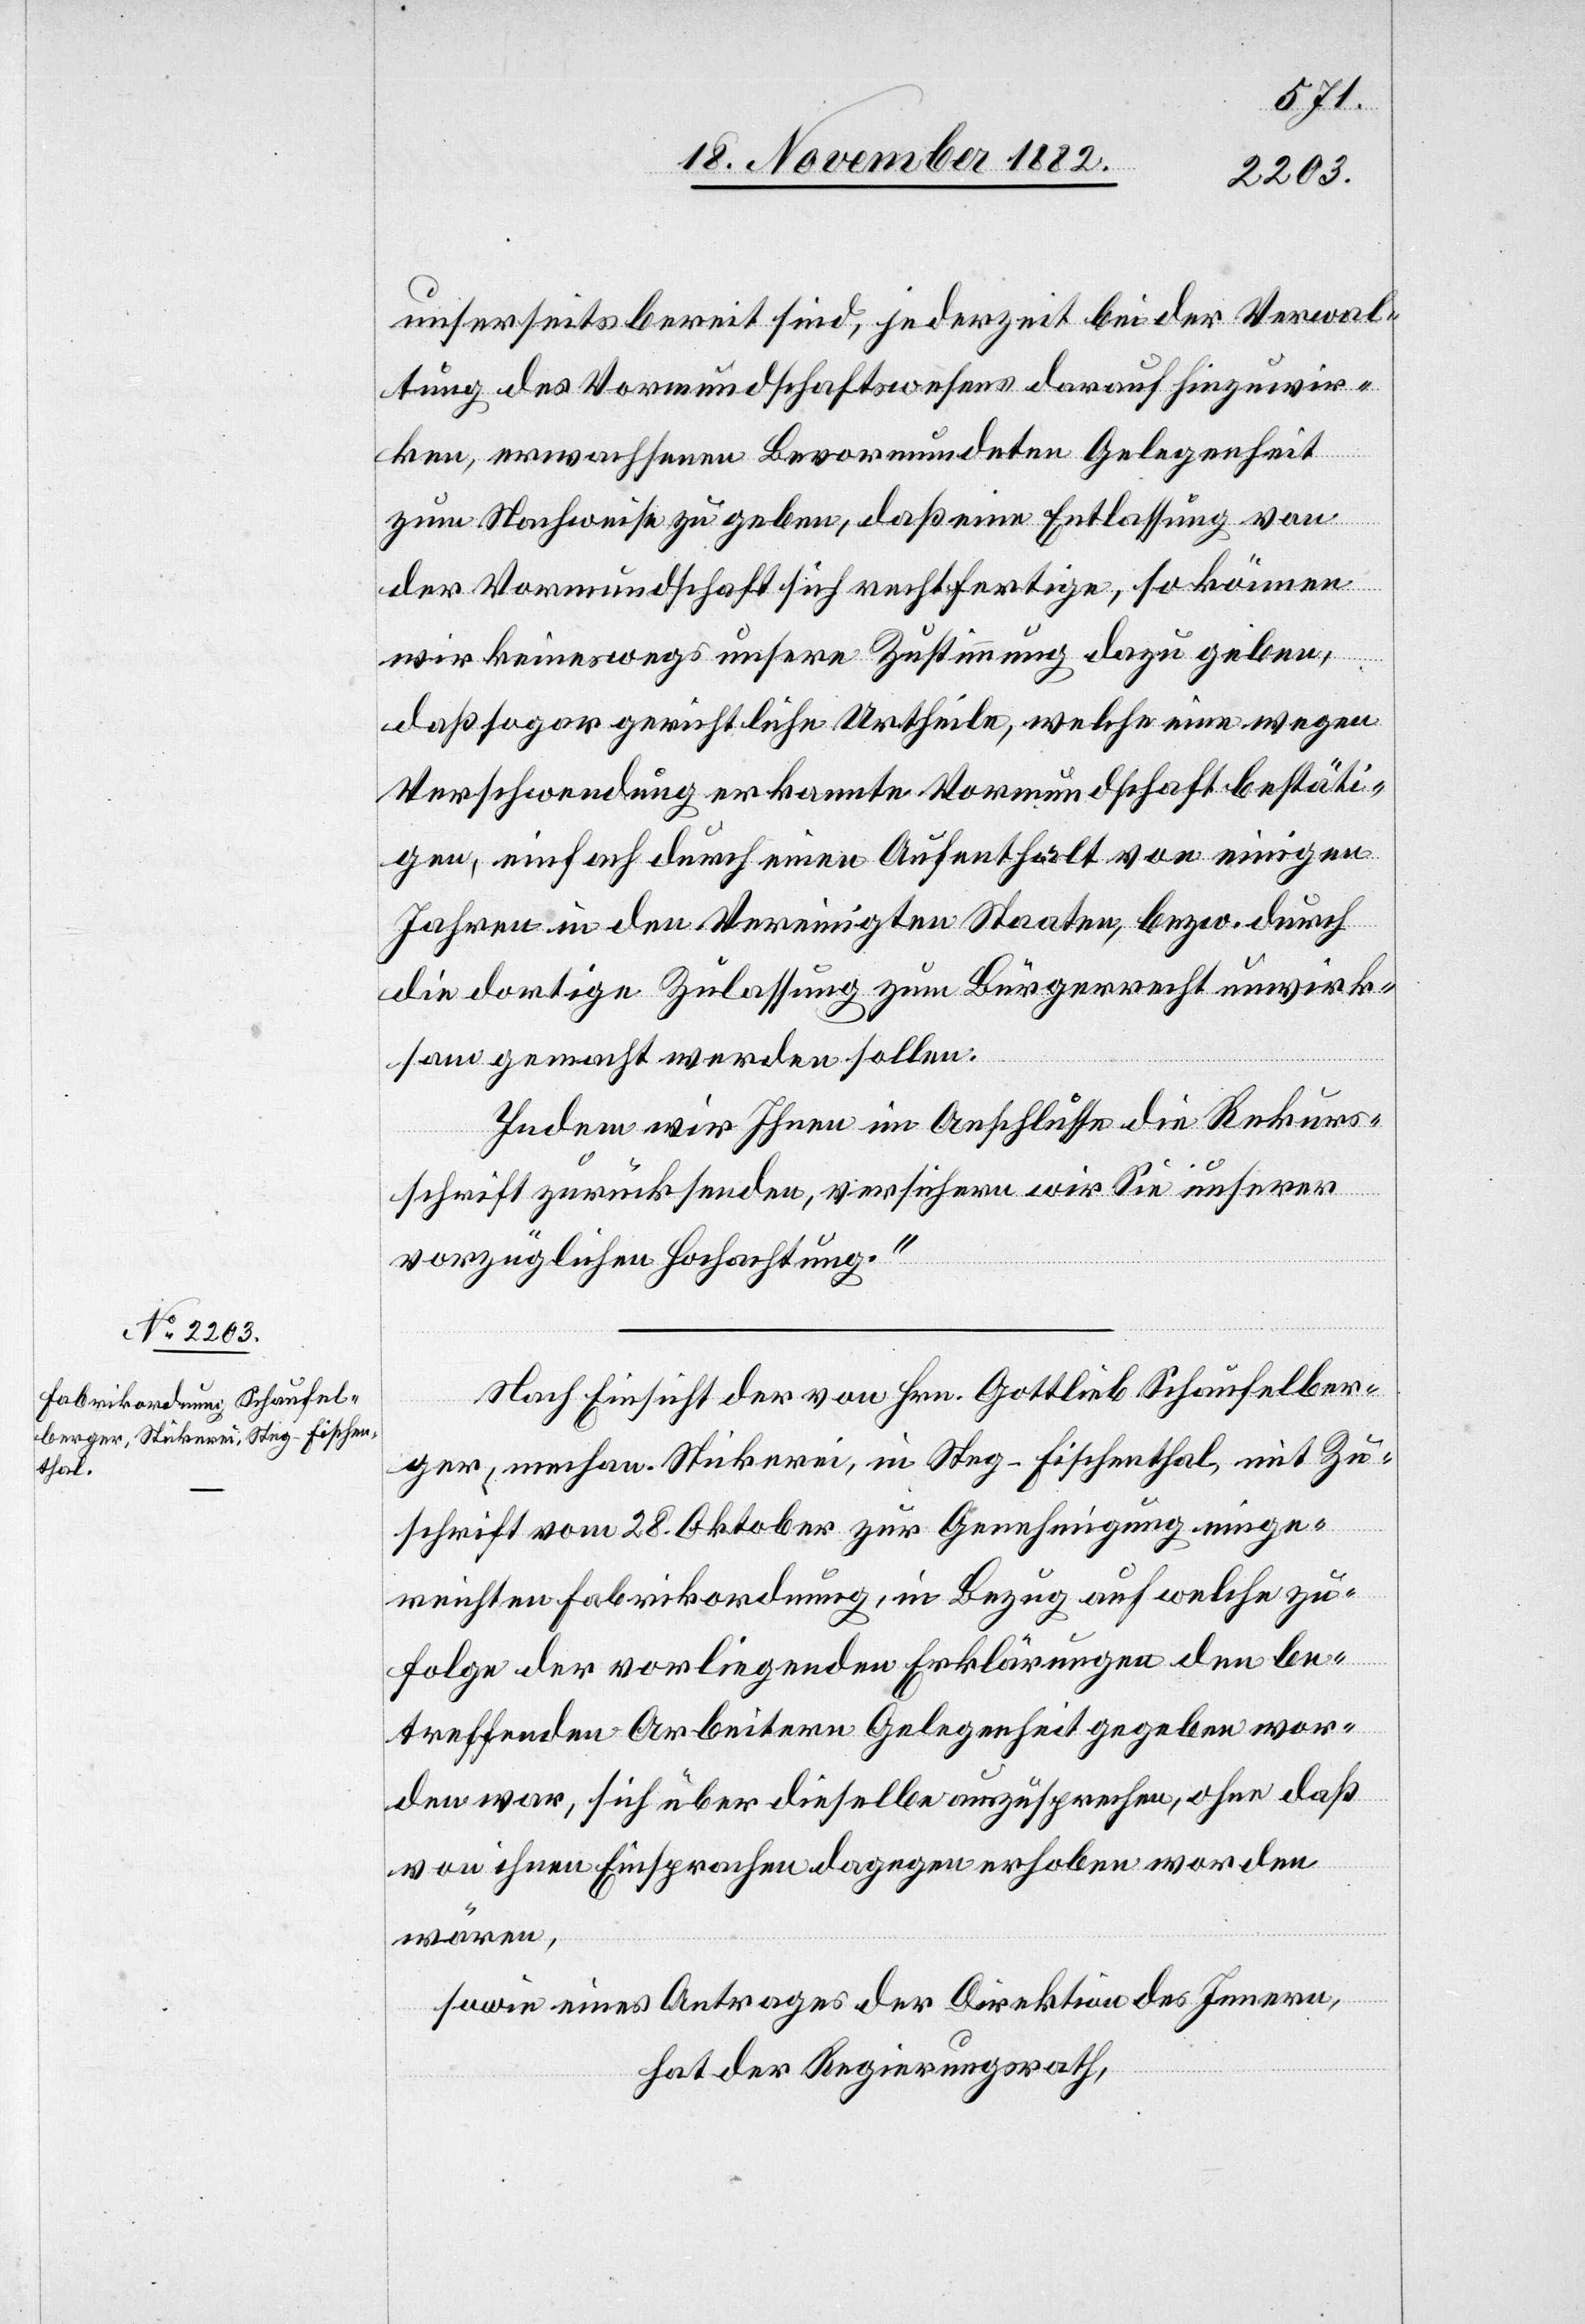
unserseits bereit sind, jederzeit bei der Verwal¬
tung des Vormundschaftswesens darauf hinzuwir¬
ken, erwachsenen Bevormundeten Gelegenheit
zum Nachweise zu geben, daß eine Entlassung von
der Vormundschaft sich rechtfertige, so können
wir keineswegs unsere Zustimmung dazu geben,
daß sogar gerichtliche Urtheile, welche eine wegen
Verschwendung erkannte Vormundschaft bestäti¬
gen, einfach durch einen Aufenthalt von einigen
Jahren in den Vereinigten Staaten, bezw. durch
die dortige Zulassung zum Bürgerrecht unwirk¬
sam gemacht werden sollen.
Indem wir Ihnen im Anschlusse die Rekurs¬
schrift zurücksenden, versichern wir Sie unserer
vorzüglichen Hochachtung.“
Nach Einsicht der von Hrn. Gottlieb Schaufelber¬
ger, mechan. Stickerei, in Steg - Fischenthal, mit Zu¬
schrift vom 28. Oktober zur Genehmigung einge¬
reichten Fabrikordnung, in Bezug auf welche zu¬
folge der vorliegenden Erklärungen den be¬
treffenden Arbeitern Gelegenheit gegeben wor¬
den war, sich über dieselbe auszusprechen, ohne daß
von ihnen Einsprachen dagegen erhoben worden
wären,
sowie eines Antrages der Direktion des Innern,
hat der Regierungsrath,